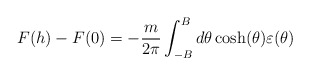
\begin{align*}F(h)-F(0)=-\frac{m}{2\pi }\int_{-B}^{B}d\theta \cosh (\theta )\varepsilon(\theta ) \end{align*}